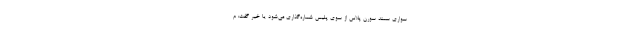
سواری سمند سورن پلاس از سوی پلیس شماره‌گذاری می‌شود یا خیر گفت: م